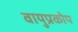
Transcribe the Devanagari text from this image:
वायुप्रकोप